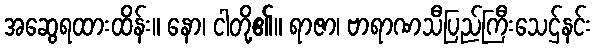
အဆွေရထားထိန်း။ နော၊ ငါတို့၏။ ရာဇာ၊ ဗာရာဏသီပြည်ကြီးသေဌ်နင်း